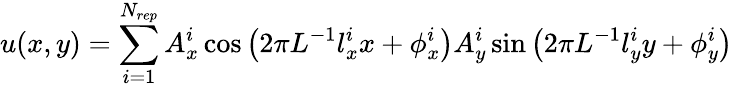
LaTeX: u(x,y)=\sum_{i=1}^{N_{rep}}A_{x}^{i}\cos\left(2\pi L^{-1}l_{x}^{i}x+\phi_{x}^{i}\right)A_{y}^{i}\sin\left(2\pi L^{-1}l_{y}^{i}y+\phi_{y}^{i}\right)